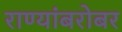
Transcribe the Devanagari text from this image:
राण्यांबरोबर